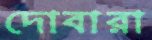
দোবারা